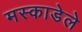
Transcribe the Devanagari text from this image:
मस्काडेले